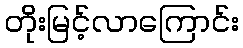
တိုးမြင့်လာကြောင်း